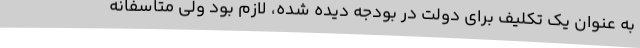
به عنوان یک تکلیف برای دولت در بودجه دیده شده، لازم بود ولی متاسفانه